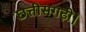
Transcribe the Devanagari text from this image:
छत्तीसगढ़ी।